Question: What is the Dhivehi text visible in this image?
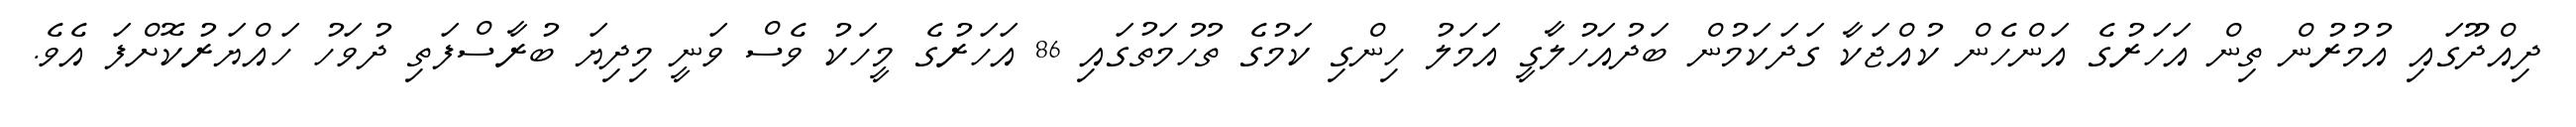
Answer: ދިއްދޫގައި އުމުރުން ތިން އަހަރުގެ އަންހެން ކުއްޖަކާ ގަދަކަމުން ބަދުއަހުލާގީ އަމަލު ހިންގި ކަމުގެ ތުހުމަތުގައި 86 އަހަރުގެ މީހަކު ވެސް ވަނީ މިދިޔަ ބުރާސްފަތި ދުވަހު ހައްޔަރުކޮށްފަ އެވެ.